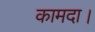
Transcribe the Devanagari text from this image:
कामदा।